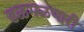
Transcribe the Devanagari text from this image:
डळमळणारी